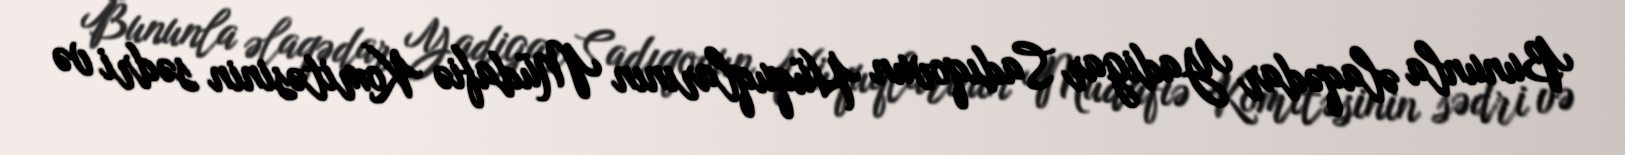
Bununla əlaqədar Yadigar Sadıqovun Hüquqlarının Müdafiə Komitəsinin sədri və